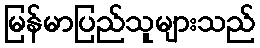
မြန်မာပြည်သူများသည်